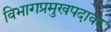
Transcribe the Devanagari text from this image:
विभागप्रमुखपदावर